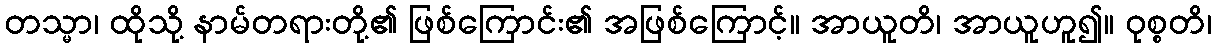
တသ္မာ၊ ထိုသို့ နာမ်တရားတို့၏ ဖြစ်ကြောင်း၏ အဖြစ်ကြောင့်။ အာယူတိ၊ အာယူဟူ၍။ ဝုစ္စတိ၊